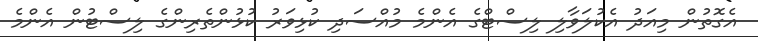
އެގޮތުން މިއަދު އެކުލަވާލި ލިސްޓްގެ އެންމެ މުއްސަދި ކުޅިވަރު ކުޅުންތެރިންގެ ލިސްޓުން އެންމެ